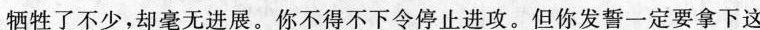
牺牲了不少,却毫无进展。你不得不下令停止进攻。但你发誓一定要拿下这